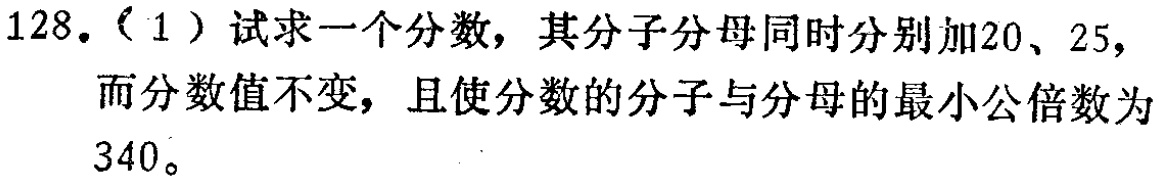
128.（1）试求一个分数，其分子分母同时分别加20、25，而分数值不变，且使分数的分子与分母的最小公倍数为340。